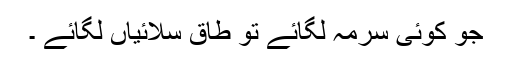
جو کوئی سرمہ لگائے تو طاق سلائیاں لگائے ۔